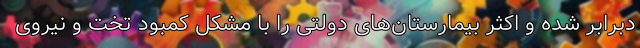
دبرابر شده و اکثر بیمارستان‌های دولتی را با مشکل کمبود تخت و نیروی